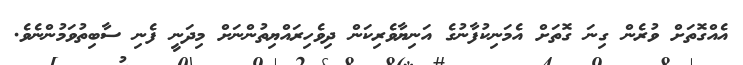
އެއްގޮތަށް ވުރެން ގިނަ ގޮތަށް އެމަނިކުފާނުގެ އަނިޔާވެރިކަން ދިވެހިރައްޔިތުންނަށް މިދަނީ ފެނި ސާބިތުވަމުންނެވެ.